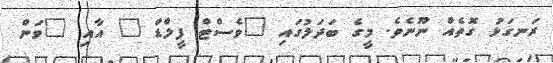
ރަނގަޅު ގޮތެއް ނޫނެވެ. މީގެ ބަދަލުގައި "ވެސްޓް ފީލްޑް " އާއި "ވަން